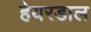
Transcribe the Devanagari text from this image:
हेयरडाल